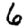
Digit: 6